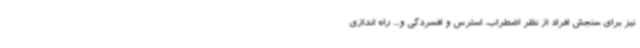
نیز برای سنجش افراد از نظر اضطراب، استرس و افسردگی و... راه اندازی